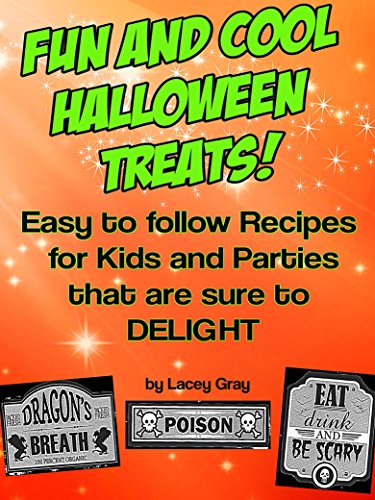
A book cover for Fun and Cool Halloween Treats!: Easy to follow Recipes for Kids and Parties that are sure to Delight!; Lacey Gray; Cookbooks, Food & Wine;